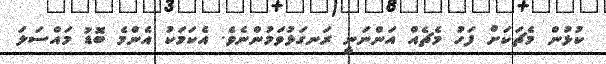
ކުޅުން މެޗަކަށް ފަހު މެޗެއް އަންނަނީ ރަނގަޅުވަމުންނެވެ. އެކަމަކު އެންމެ ބޮޑު މައްސަލަ